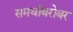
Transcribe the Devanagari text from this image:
समर्थांबरोबर